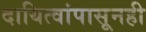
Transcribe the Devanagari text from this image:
दायित्वांपासूनही